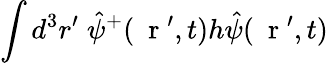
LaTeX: \int d^{3}r^{\prime}\; \hat{\psi}^{+}(\mathrm{~\mathbf~r~}^{\prime},t)h\hat{\psi}(\mathrm{~\mathbf~r~}^{\prime},t)